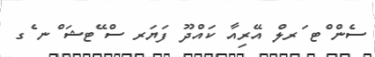
ސެން ްޓ ަރލް އޭރިއާ ކައްދޫ ފަޔަރ ސް ޭޓޝަ ްނ ެގ